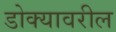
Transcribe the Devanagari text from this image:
डोक्‍यावरील